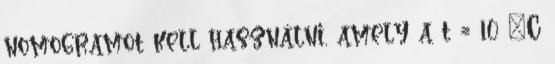
nomogramot kell használni, amely a t = 10 °C